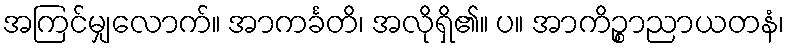
အကြင်မျှလောက်။ အာကင်္ခတိ၊ အလိုရှိ၏။ ပ။ အာကိဉ္စာညာယတနံ၊